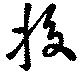
挍